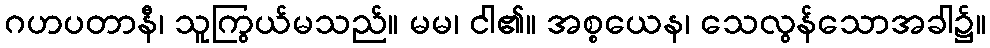
ဂဟပတာနီ၊ သူကြွယ်မသည်။ မမ၊ ငါ၏။ အစ္စယေန၊ သေလွန်သောအခါ၌။